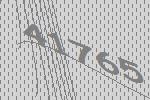
41765